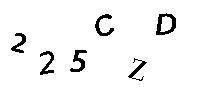
225CZD